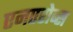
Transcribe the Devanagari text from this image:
एनएरोब्स